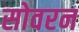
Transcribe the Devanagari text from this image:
सोवरन